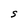
Character: S